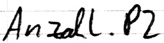
Text: Anzahl.P2